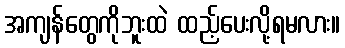
အကျန်တွေကိုဘူးထဲ ထည့်ပေးလို့ရမလား။